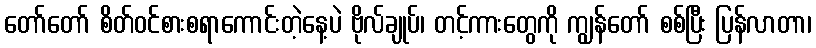
တော်တော် စိတ်ဝင်စားစရာကောင်းတဲ့နေ့ပဲ ဗိုလ်ချုပ်၊ တင့်ကားတွေကို ကျွန်တော် စစ်ပြီး ပြန်လာတာ၊